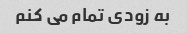
به زودی تمام می کنم